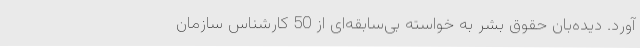
آورد. دیده‌بان حقوق بشر به خواسته بی‌سابقه‌ای از 50 کارشناس سازمان